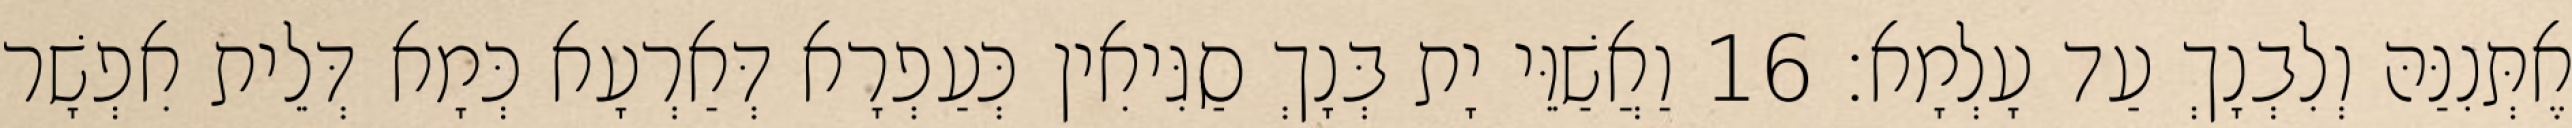
אֶתְּנִנַּהּ וְלִבְנָךְ עַד עָלְמָא׃ 16 וַאֲשַׁוֵּי יָת בְּנָךְ סַגִּיאִין כְּעַפְרָא דְּאַרְעָא כְּמָא דְּלֵית אִפְשָׁר